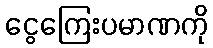
ငွေကြေးပမာဏကို